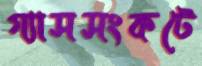
গ্যাসসংকটে